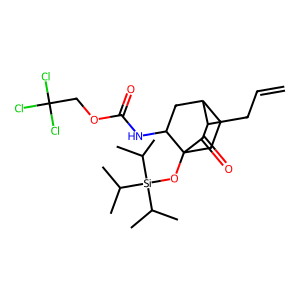
SMILES: C=CCC1C(=O)C2(O[Si](C(C)C)(C(C)C)C(C)C)CCC1CC2NC(=O)OCC(Cl)(Cl)Cl
Inhibits HIV replication: No